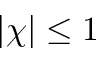
| \chi | \leq 1